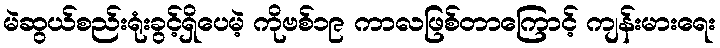
မဲဆွယ်စည်းရုံးခွင့်ရှိပေမဲ့ ကိုဗစ်၁၉ ကာလဖြစ်တာကြောင့် ကျန်းမားရေး